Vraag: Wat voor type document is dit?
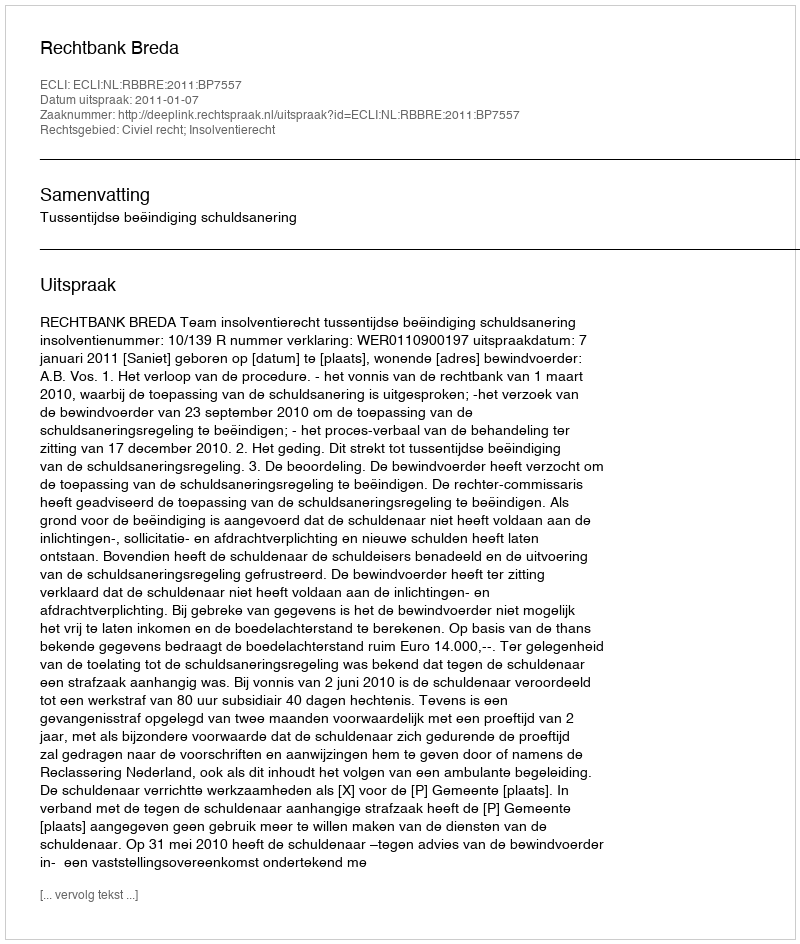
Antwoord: Uitspraak